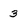
Character: 3